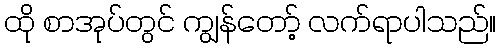
ထို စာအုပ်တွင် ကျွန်တော့် လက်ရာပါသည်။